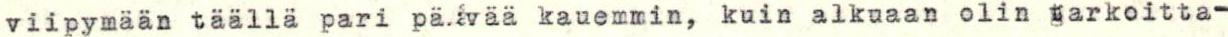
viipymään täällä pari pä.åvää kauemmin, kuin alkuaan olin tarkoitta-